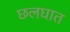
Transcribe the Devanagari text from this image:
छलघात